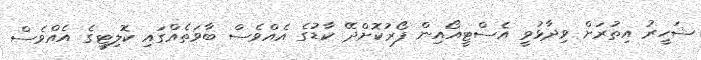
ޝަހީރު އިތުރަށް ވިދާޅުވީ އެސްޓީއޯއިން ފޯރުކޮށްދޭ ކާޑުގެ އެއްވެސް ބާވަތެއްގައި ކޮލިޓީގެ އެއްވެސް